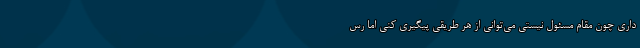
داری چون مقام مسئول نیستی می‌توانی‌ از هر طریقی پیگیری کنی اما رس